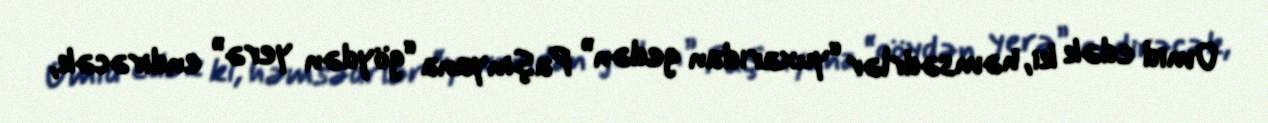
Ümid edək ki, həmsədrlər “yuxarıdan gedən” Paşinyana “göydən yerə” endirəcək,